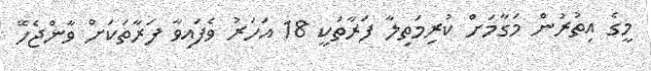
މީގެ އިތުރުން މަގާމަށް ކުރިމަތިލާ ފަރާތަކީ 18 އަހަރު ވެފައިވާ ފަރާތަކަށް ވާންޖެހޭ